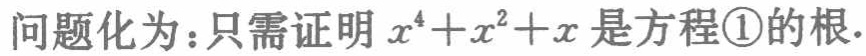
问题化为：只需证明 \(x^{4}+x^{2}+x\) 是方程\textcircled{1}的根.